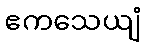
ဧကသေယျံ